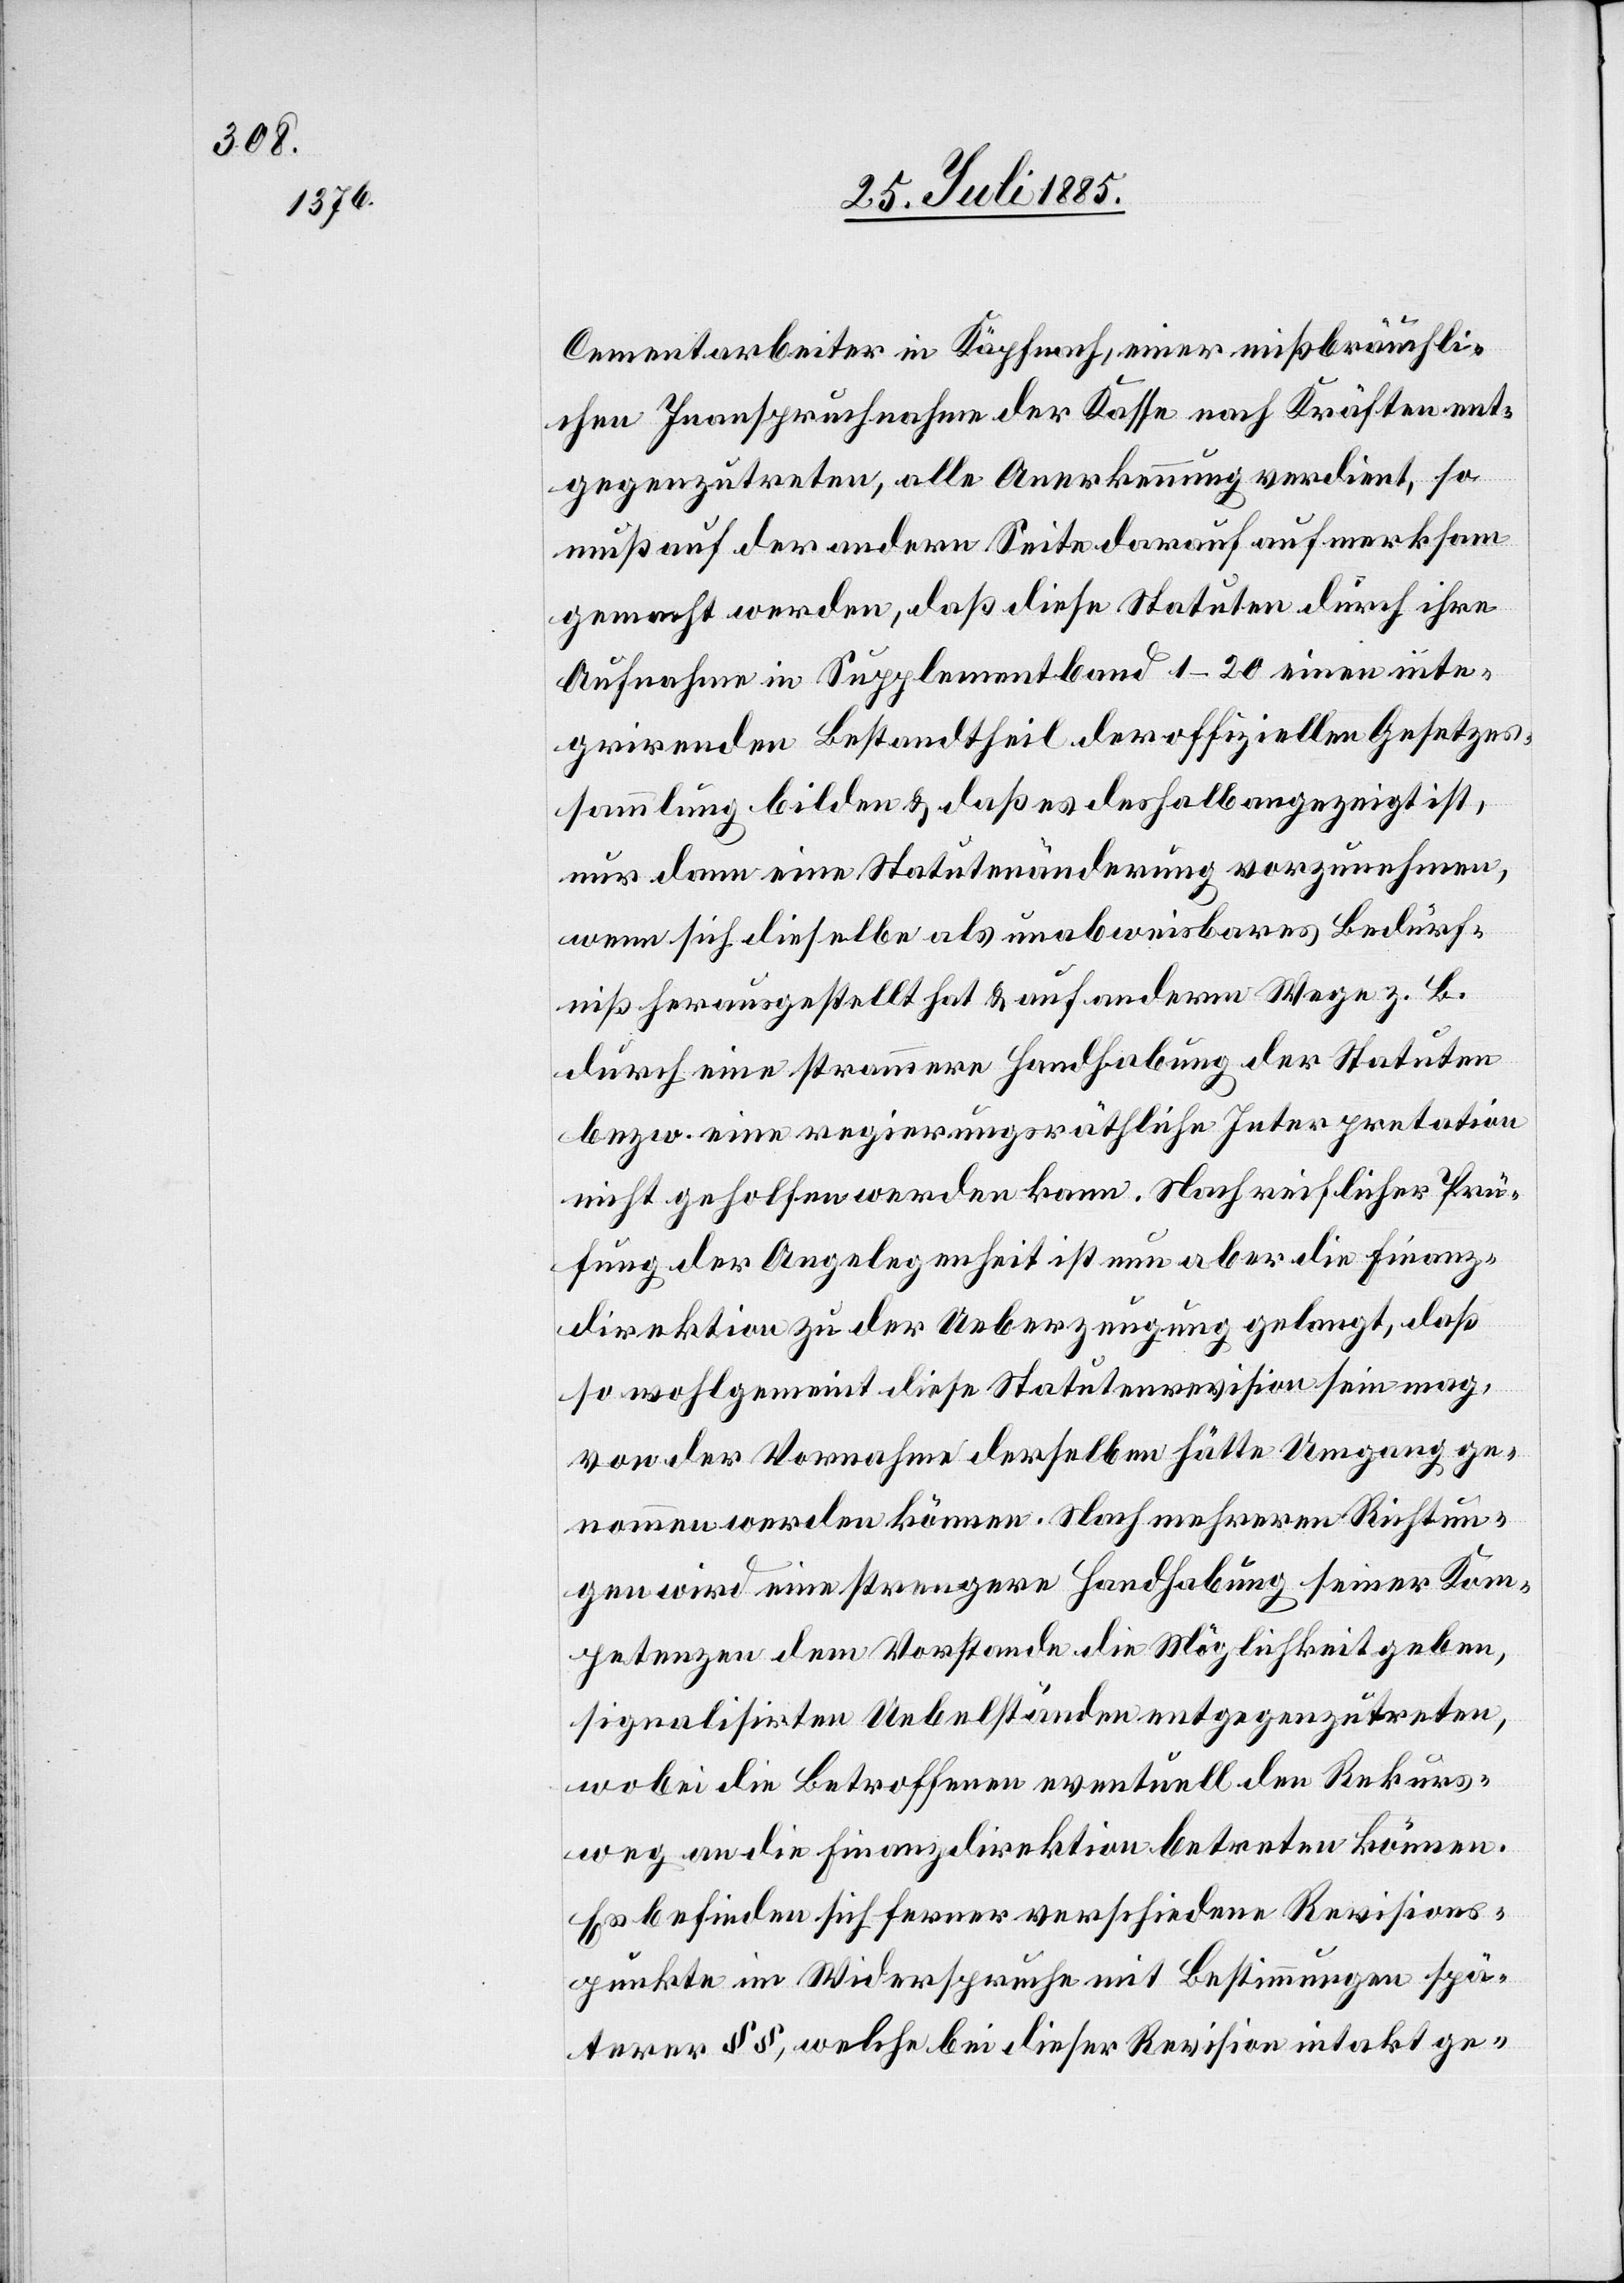
Cementarbeiter in Käpfnach, einer mißbräuchli¬
chen Inanspruchnahme der Kasse nach Kräften ent¬
gegenzutreten, alle Anerkennung verdient, so
muß auf der andern Seite darauf aufmerksam
gemacht werden, daß diese Statuten durch ihre
Aufnahme in Supplementband 1–20 einen inte¬
grirenden Bestandtheil der offiziellen Gesetzes¬
sammlung bilden & daß es deshalb angezeigt ist,
nur dann eine Statutenänderung vorzunehmen,
wenn sich dieselbe als unabweisbares Bedürf¬
niß herausgestellt hat & auf anderm Wege z. B.
durch eine strammere Handhabung der Statuten
bezw. eine regierungsräthliche Interpretation
nicht geholfen werden kann. Nach reichlicher Prü¬
fung der Angelegenheit ist nun aber die Finanz¬
direktion zu der Ueberzeugung gelangt, daß
so wohlgemeint diese Statutenrevision sein mag,
von der Vornahme derselben hätte Umgang ge¬
nommen werden könne. Nach mehreren Richtun¬
gen wird eine strengere Handhabung seiner Kom¬
petenzen dem Vorstande die Möglichkeit geben,
signalisirten Uebelständen entgegenzutreten,
wobei die Betroffenen eventuell den Rekurs¬
weg an die Finanzdirektion betreten können.
Es befinden sich ferner verschiedene Revisions¬
punkte im Widerspruche mit Bestimmungen spä¬
terer §§, welche bei dieser Revision intakt ge-